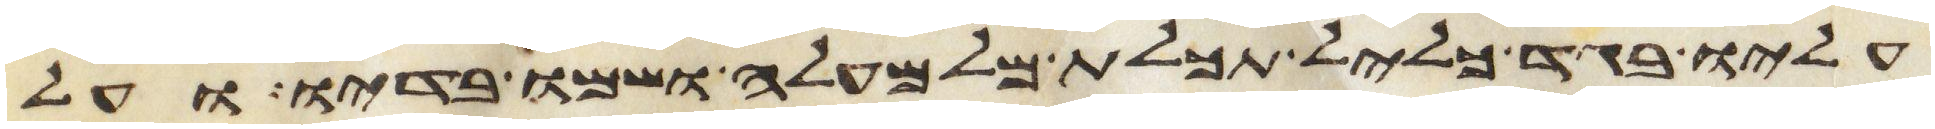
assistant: עליו בגד כליל תכלת מלמעלה ושמו בדיו ועל